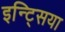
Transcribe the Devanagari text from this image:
इन्ट्सिया